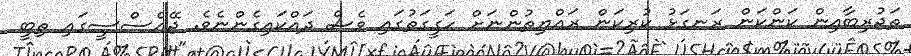
ތަޖުރިބާއިން ކަންކަން ރަނގަޅު ކުރިކަން ރައްޔިތުންނަށް ހަގީގަތުގައި ވެސް ދައްކައިގެންނެވެ. ޖޭއެސްސީގައި ތިބީ